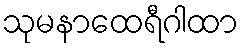
သုမနာထေရီဂါထာ